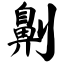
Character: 劓